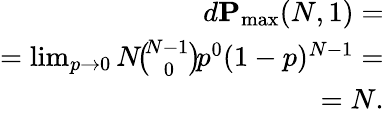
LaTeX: \begin{array}{r}{d\mathbf{P}_{\operatorname*{max}}(N,1)=}\\ {=\operatorname*{lim}_{p\to 0}{N}\! \binom{\! N-1}{0}\! p^{0}(1-p)^{N-1}=}\\ {=N.}\end{array}